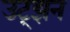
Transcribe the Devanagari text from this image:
उट्झन